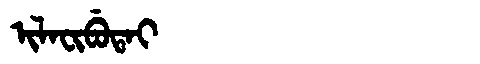
Manchu: ᡳᠯᠠᠸᡳᠪᡠᡨᠠᡳ
Romanization: ILAFIBUTAI